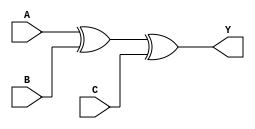
/*--------------------------------------------------------------------------------------------------- 	
*- File name: 			XOR3_1.v
*- Top Module name: 	XOR3_1
  - Submodules:		xor (Verilog built-in primitive gates)
*- Description:			Implementation of a 3 input XOR gate
*- 
*- Example of Usage:
	You can implement this code on all variants of STEPFPGA family boards. 
	If you want to implement this code on board and observe the logic behaviors: 
		- assign A, B, C to 3 on-board switches
		- assign Y to any on-board LEDs

*- Copyright of this code: MIT License
--------------------------------------------------------------------------------------------------- */
module XOR3_1 (       
    input wire  A,    
    input wire  B,    
    input wire  C,    
    output wire Y     
) ;                      
    xor  (Y, A, B, C) ;   
endmodule